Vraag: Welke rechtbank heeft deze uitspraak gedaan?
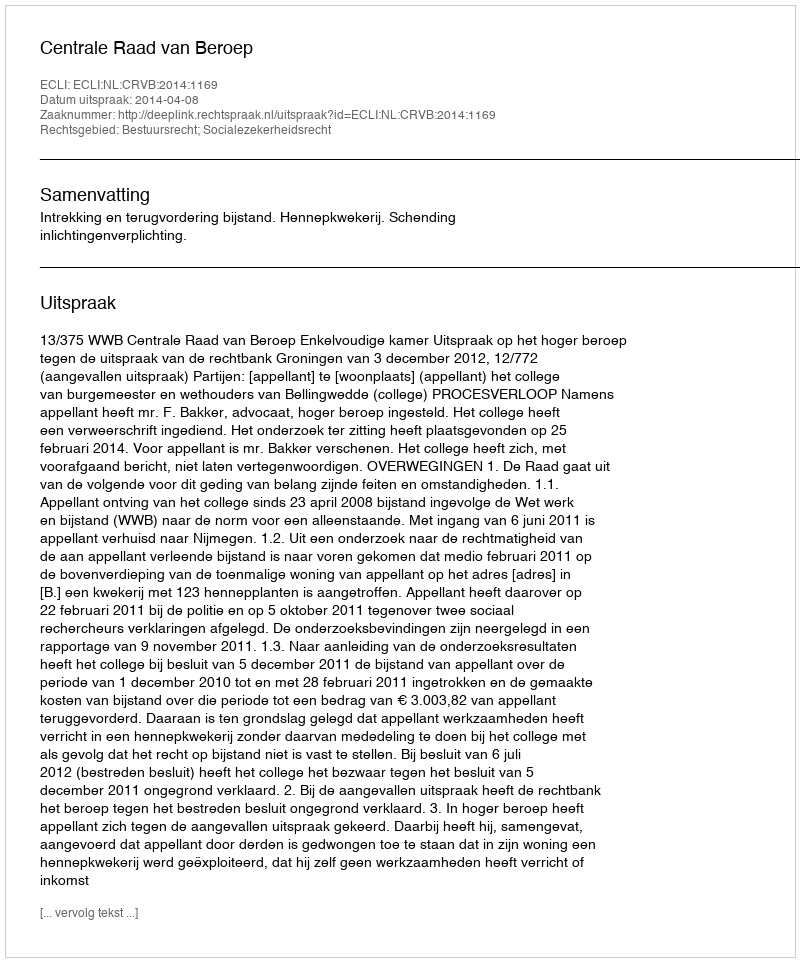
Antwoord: Centrale Raad van Beroep